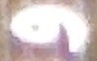
و